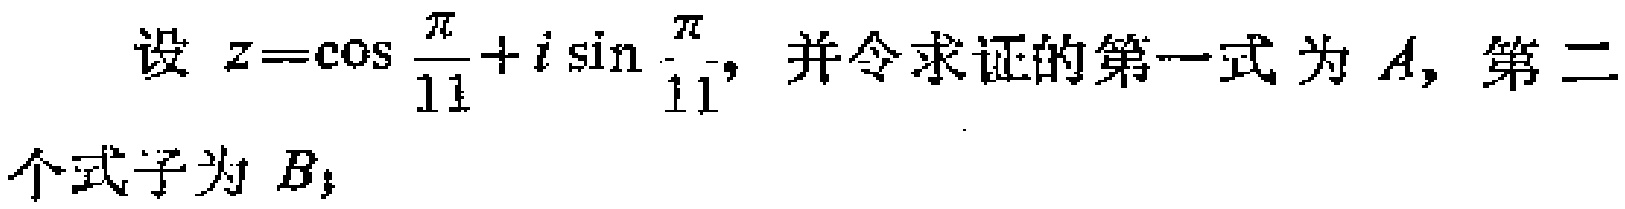
设 \(z = \cos\frac{\pi}{11}+i\sin\frac{\pi}{11}\)，并令求证的第一式为 \(A\)，第二个式子为 \(B\)；